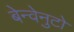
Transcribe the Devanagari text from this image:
बेन्वेनुटो